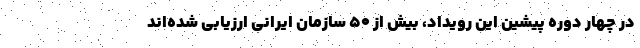
در چهار دوره پیشین این رویداد، بیش از ۵۰ سازمان ایرانی ارزیابی شده‌اند